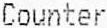
COUNTER